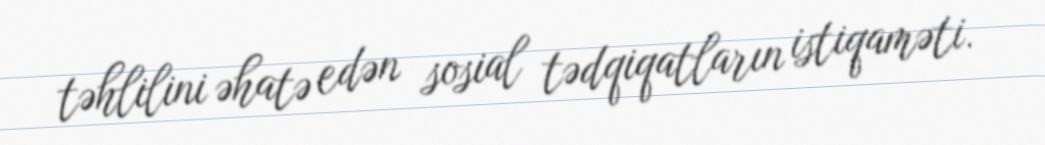
təhlilini əhatə edən sosial tədqiqatların istiqaməti.